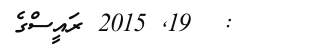
:  19